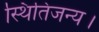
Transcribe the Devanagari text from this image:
स्थितिजन्य।